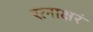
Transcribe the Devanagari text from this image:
रत्‍नाक्षरं